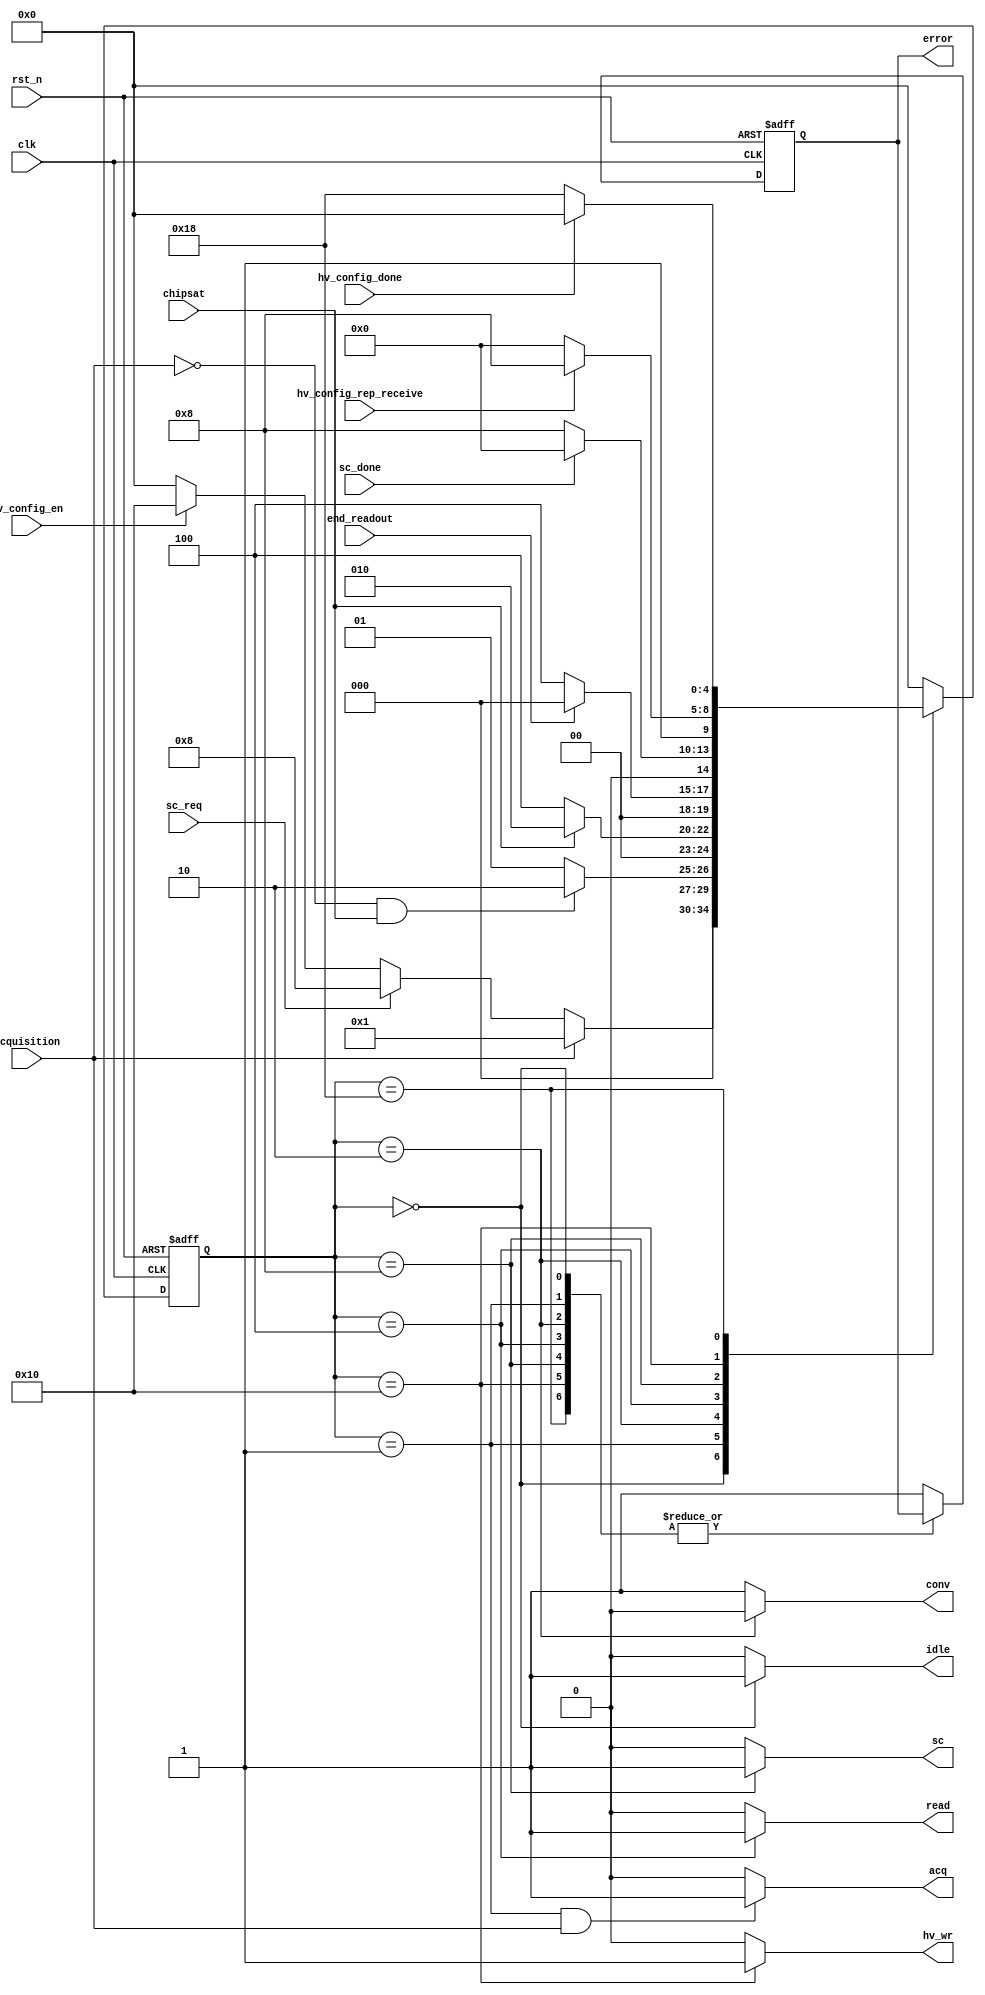
`timescale 1ns / 1ps
//////////////////////////////////////////////////////////////////////////////////
// Company: 
// Engineer: 
// 
// Design Name: 
// Module Name: state_machine
// Project Name: 
// Target Devices: 
// Tool Versions: 
// Description: 
// 
// Dependencies: 
// 
// Revision:
// Revision 0.01 - File Created
// Additional Comments:
// 
//////////////////////////////////////////////////////////////////////////////////


module state_machine(
		input clk,
		input rst_n,
		input acquisition,	//from PC	
		input hv_config_en,
		input hv_config_rep_receive,
		input hv_config_done,

		input chipsat,			//p.e 
		input sc_req,
		input sc_done,
		input end_readout,
		output idle,
		//output busy,

		output acq,		//p.e.
		output conv,	//n.e.
		output read,	//p.e. 
		output sc,		//p.e.
		output hv_wr,
		output reg error	//p.e. 
    );
		
		parameter		IDLE = 5'b00000,
						ACQ = 5'b00001,
						CONV = 5'b00010,
						READ = 5'b00100,
						SC = 5'b01000,
						HV_CFG_WR = 5'b10000,
						HV_CFG_RD = 5'b11000;
		reg [4:0] state;
		//reg next_state[3:0];
		
		initial
		begin
				state <= IDLE;
		end
		
		//state transforming
		always@(posedge clk or negedge rst_n)
		begin
				if(!rst_n) begin
						state <= IDLE;
						error <= 1'b0;
				end

				else
						case(state)
								IDLE:	
										if(acquisition) 
												state <= ACQ;
										else if(sc_req)
												state <= SC;
										else if(hv_config_en)
												state <= HV_CFG_WR;
										else
												state <= IDLE;
								ACQ:
										// chip is full or stop early by PC 
										if(!acquisition && chipsat)
												state <= CONV;
										else
												state <= ACQ;
								CONV:
										if(!chipsat)
												state <= READ;
										else
												state <= CONV;
								READ:
										if(end_readout)
												state <= IDLE;
										else
												state <= READ;
								SC:
										if(sc_done)
												state <= IDLE;
										else
												state <= SC;

								HV_CFG_WR:
										if(hv_config_rep_receive)
												state <= HV_CFG_RD;
										else
												state <= HV_CFG_WR;
								HV_CFG_RD:
										if(hv_config_done)
												state <= IDLE;
										else
												state <= HV_CFG_RD;
								default:	begin
										state <= IDLE;
										error <= 1'b1;
								end		
						endcase
		end

		assign idle = (state == IDLE) ? 1'b1 : 1'b0;
		assign acq = (state == ACQ && acquisition) ? 1'b1 : 1'b0;
		assign conv = (state == CONV) ? 1'b0 : 1'b1;		//active low
		assign read = (state == READ) ? 1'b1 : 1'b0;
		assign sc = (state == SC) ? 1'b1 : 1'b0;
		assign hv_wr = (state == HV_CFG_WR) ? 1'b1 : 1'b0;

endmodule